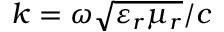
k = \omega \sqrt { \varepsilon _ { r } \mu _ { r } } / c